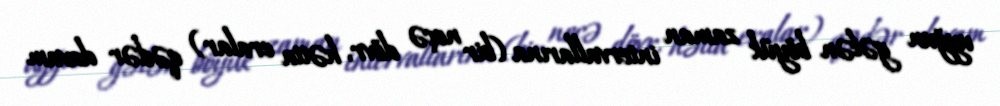
uyğun gələn böyük zaman intervallarına (bir neçə dövr, hətta eralar) qədər davam